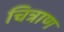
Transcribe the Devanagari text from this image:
चित्राण